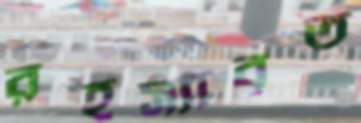
রহস্যাবৃত